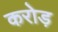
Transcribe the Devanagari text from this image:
करोड़